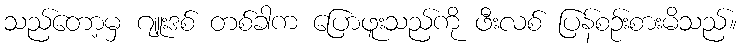
သည်တော့မှ ဂျူးဒစ် တစ်ခါက ပြောဖူးသည်ကို ဖီးလစ် ပြန်စဉ်းစားမိသည်။